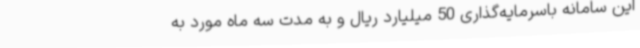
این سامانه باسرمایه‌گذاری 50 میلیارد ریال و به مدت سه ماه مورد به